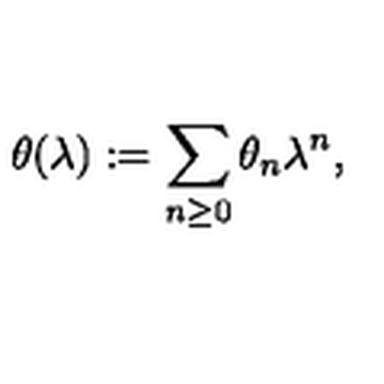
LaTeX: \theta ( \lambda ) : = \sum _ { n \geq 0 } \theta _ { n } \lambda ^ { n } ,